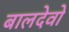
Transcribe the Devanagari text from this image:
बालदेवो